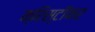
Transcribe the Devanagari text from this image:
क्रिस्टॉफर